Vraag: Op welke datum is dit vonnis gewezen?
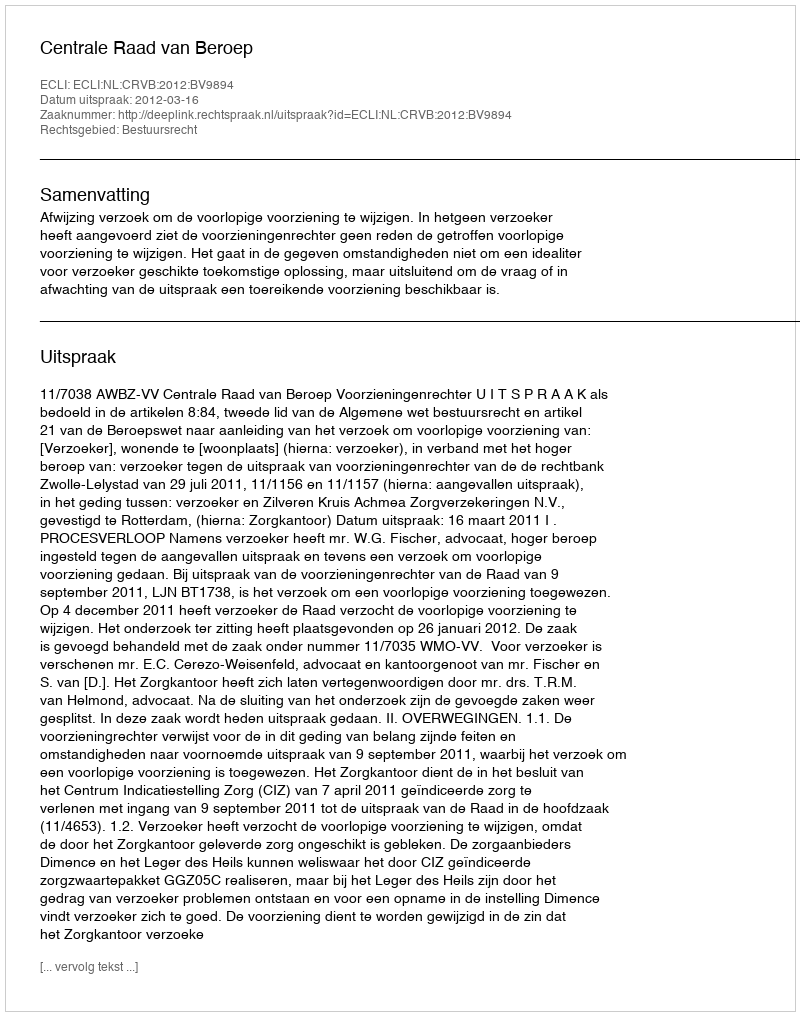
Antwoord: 2012-03-16